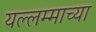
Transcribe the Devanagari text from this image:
यल्लम्माच्या